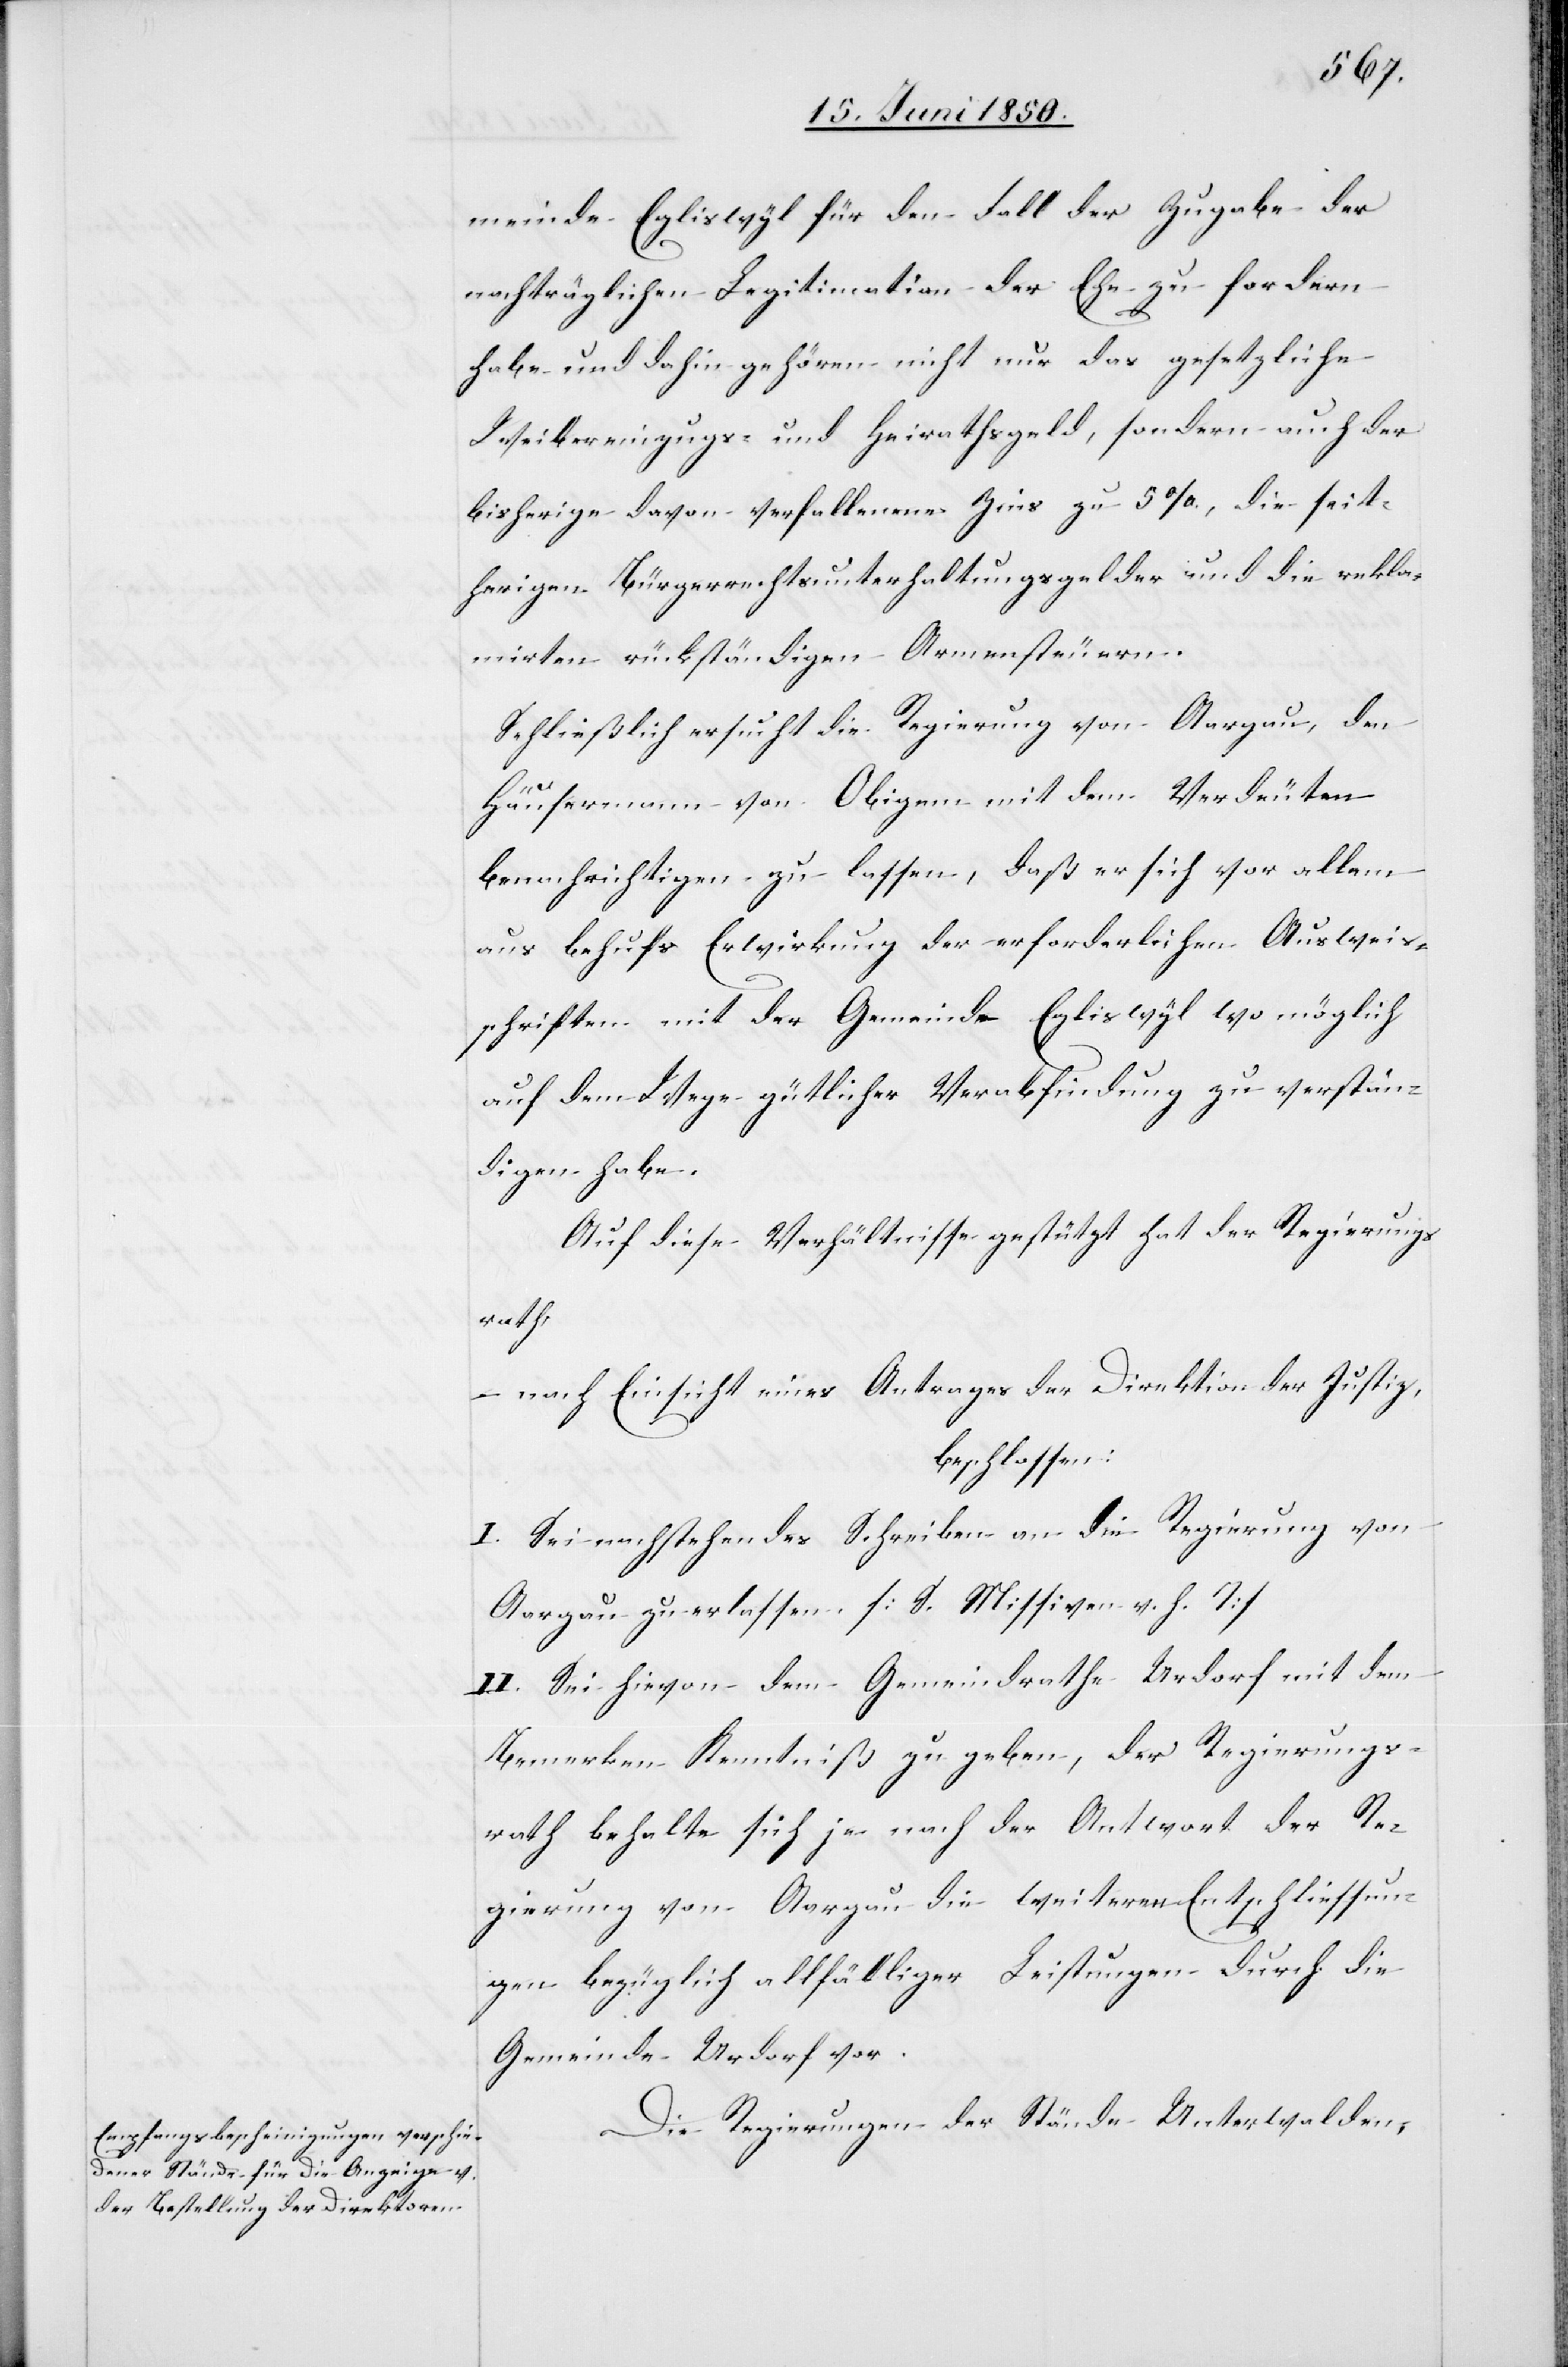
meinde Egliswyl für den Fall der Zugabe der
nachträglichen Legitimation der Ehe zu fordern
habe und dahin gehören nicht nur das gesetzliche
Weibereinzugs- und Heirathsgeld, sondern auch der
bisherige davon verfallene Zins zu 5 %, die seit¬
herigen Bürgerrechtsunterhaltungsgelder und die rekla¬
mirten rückständigen Armensteuern.
Schließlich ersucht die Regierung von Aargau, den
Häusermann von Obigem mit dem Verdeuten
benachrichtigen zu lassen, daß er sich vor allem
aus behufs Erwirkung der erforderlichen Ausweis¬
schriften mit der Gemeinde Egliswyl wo möglich
auf dem Wege gütlicher Verabfindung zu verstän¬
digen habe.
Auf diese Verhältnisse gestützt hat der Regierungs¬
rath,
– nach Einsicht eines Antrages der Direktion der Justiz,
beschlossen:
I. Sei nachstehendes Schreiben an die Regierung von
Aargau zu erlassen. [S. Missiven v. h. T]
II. Sei hievon dem Gemeindrathe Urdorf mit dem
Bemerken Kenntniß zu geben, der Regierungs¬
rath behalte sich je nach der Antwort der Re¬
gierung von Aargau die weiteren Entschliessun¬
gen bezüglich allfälliger Leistungen durch die
Gemeinde Urdorf vor.
Die Regierungen der Stände Unterwalden,